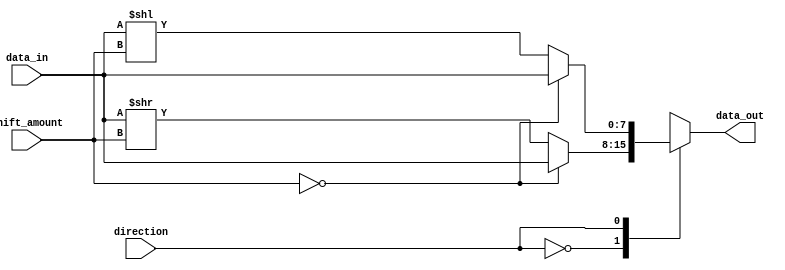
module barrel_shifter (
  input [7:0] data_in,
  input [2:0] shift_amount,
  input direction,
  output reg [7:0] data_out
);

always @ (*)
begin
  case (direction)
    1'b0 :  // shift right
      data_out = (shift_amount == 0) ? data_in : data_in >> shift_amount;
      
    1'b1 :  // shift left
      data_out = (shift_amount == 0) ? data_in : data_in << shift_amount;
  endcase
end

endmodule